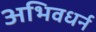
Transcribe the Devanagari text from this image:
अभिवधर्न